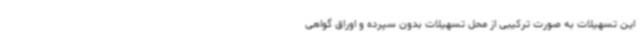
این تسهیلات به صورت ترکیبی از محل تسهیلات بدون سپرده و اوراق گواهی